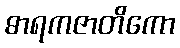
ဓာရကဇာတိကော